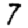
Digit: 7